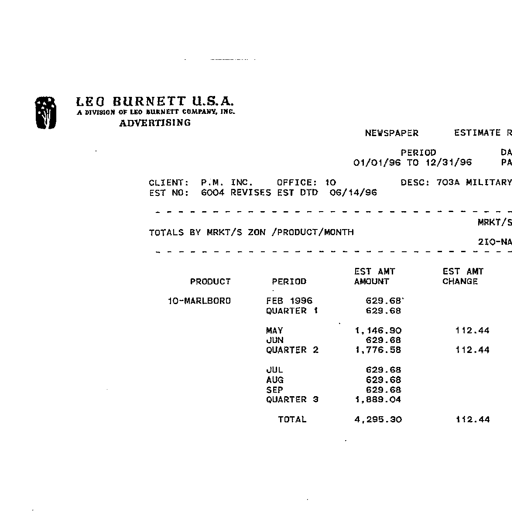
LEO BURNETT U.S.A.
A DIVISION OF LEO BURNETT COMPANY, INC.
ADVERTISING
NEWSPAPER ESTIMATE
PERIOD
01/01/96 TO 12/31/96
CLIENT: P.M. INC. OFFICE: 10 DESC: 703A MILITARY
EST NO: 6004 REVISES EST DTD 06/14/96
TOTALS BY MRKT/S ZON /PRODUCT/MONTH
PRODUCT PERIOD EST AMT AMOUNT EST AMT CHANGE
10-MARLBORO FEB 1996 629.68
QUARTER 1 629.68
MAY 1,146.90 112.44
JUN 629.68
QUARTER 2 1,776.58 112.44
JUL 629.68
AUG 629.68
SEP 629.68
QUARTER 3 1,889.04
TOTAL 4,295.30 112.44